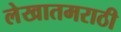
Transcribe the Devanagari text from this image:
लेखातमराठी